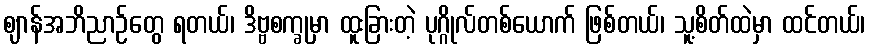
ဈာန်အဘိညာဉ်တွေ ရတယ်၊ ဒိဗ္ဗစက္ခုမှာ ထူးခြားတဲ့ ပုဂ္ဂိုလ်တစ်ယောက် ဖြစ်တယ်၊ သူ့စိတ်ထဲမှာ ထင်တယ်၊